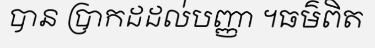
បាន ប្រាកដដល់បញ្ញា ។ធម៌ពិត